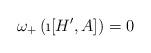
LaTeX: \begin{align*}\omega_+ \left( \i [H', A ] \right) = 0 \end{align*}